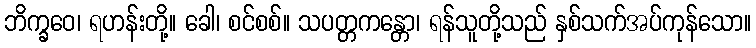
ဘိက္ခဝေ၊ ရဟန်းတို့။ ခေါ၊ စင်စစ်။ သပတ္တကန္တော၊ ရန်သူတို့သည် နှစ်သက်အပ်ကုန်သော။